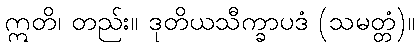
ဣတိ၊ တည်း။ ဒုတိယသီက္ခာပဒံ (သမတ္တံ)။